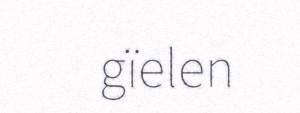
gïelen